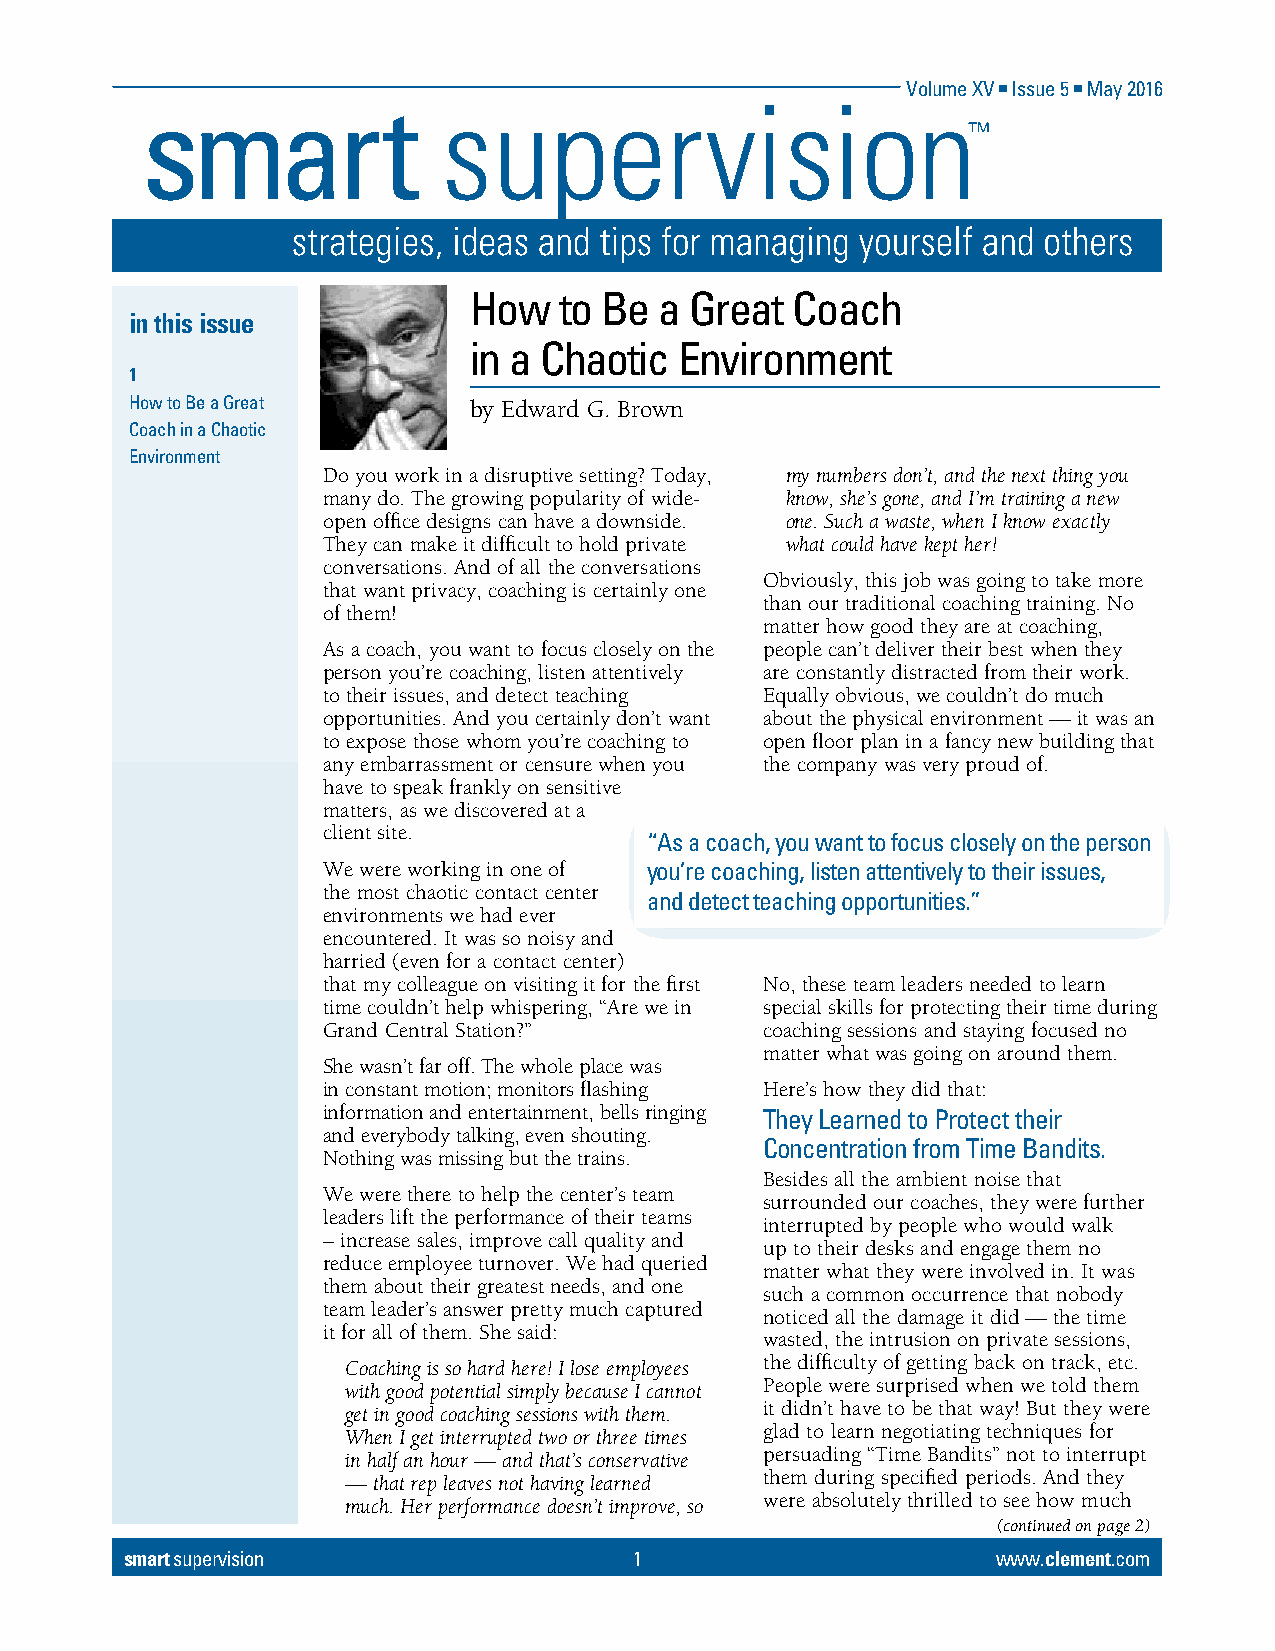
Volume XV n Issue 5 n May 2016
 How   to Be  a Great Coach
 in this issue
 in a Chaotic  Environment
 1
 How to Be a Great     by Edward G. Brown
 Coach in a Chaotic
 Environment
 Do you work in a disruptive setting? Today, my numbers don’t, and the next thing you
 many do. The growing popularity of wide- know, she’s gone, and I’m training a new
 open office designs can have a downside. one. Such a waste, when I know exactly
 They can make it difficult to hold private what could have kept her!
 conversations. And of all the conversations
 Obviously, this job was going to take more
 that want privacy, coaching is certainly one
 than our traditional coaching training. No
 of them!
 matter how good they are at coaching,
 As a coach, you want to focus closely on the people can’t deliver their best when they
 person you’re coaching, listen attentively are constantly distracted from their work.
 to their issues, and detect teaching Equally obvious, we couldn’t do much
 opportunities. And you certainly don’t want about the physical environment — it was an
 to expose those whom you’re coaching to open floor plan in a fancy new building that
 any embarrassment or censure when you the company was very proud of.
 have to speak frankly on sensitive
 matters, as we discovered at a
 client site.
 “As a coach, you want to focus closely on the person
 We were working in one of you’re coaching, listen attentively to their issues,
 the most chaotic contact center
 and detect teaching opportunities.”
 environments we had ever
 encountered. It was so noisy and
 harried (even for a contact center)
 that my colleague on visiting it for the first No, these team leaders needed to learn
 time couldn’t help whispering, “Are we in special skills for protecting their time during
 Grand Central Station?”       coaching sessions and staying focused no
 matter what was going on around them.
 She wasn’t far off. The whole place was
 in constant motion; monitors flashing Here’s how they did that:
 information and entertainment, bells ringing They Learned to Protect their
 and everybody talking, even shouting.
 Concentration from Time Bandits.
 Nothing was missing but the trains.
 Besides all the ambient noise that
 We were there to help the center’s team
 surrounded our coaches, they were further
 leaders lift the performance of their teams
 interrupted by people who would walk
 –increase sales, improve call quality and
 up to their desks and engage them no
 reduce employee turnover. We had queried
 matter what they were involved in. It was
 them about their greatest needs, and one
 such a common occurrence that nobody
 team leader’s answer pretty much captured
 noticed all the damage it did — the time
 it for all of them. She said:
 wasted, the intrusion on private sessions,
 Coaching is so hard here! I lose employees the difficulty of getting back on track, etc.
 with good potential simply because I cannot People were surprised when we told them
 get in good coaching sessions with them. it didn’t have to be that way! But they were
 When I get interrupted two or three times glad to learn negotiating techniques for
 in half an hour — and that’s conservative persuading “Time Bandits” not to interrupt
 — that rep leaves not having learned them during specified periods. And they
 much. Her performance doesn’t improve, so were absolutely thrilled to see how much
 (continued on page 2)
 smart supervision                 1                       www.clement.com